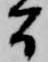
間